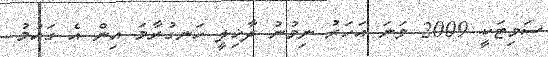
ސަމިޓަކީ 2009 ވަނަ އަހަރު ނިމުނު ދާޚިލީ ހަނގުރާމަ އިން އެ ގައުމު